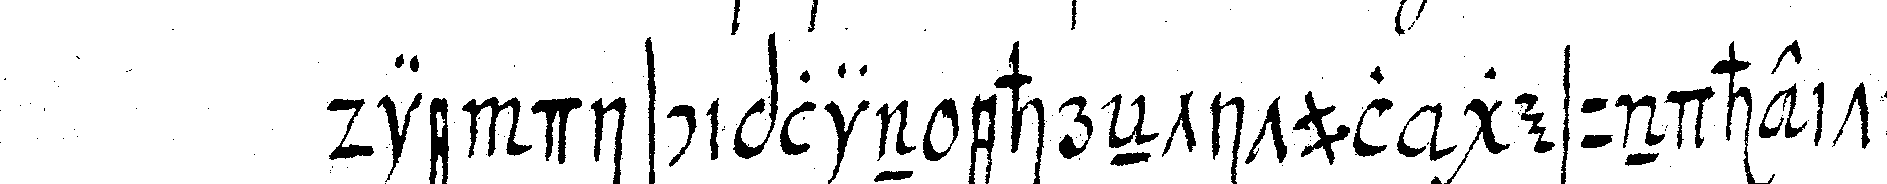
die disciplin ehreNtitul gesundheit